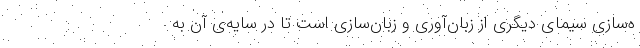
ه‌سازی سیمای دیگری از زبان‌آوری و زبان‌سازی است تا در سایه‌ی آن به